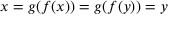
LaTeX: x = g ( f ( x ) ) = g ( f ( y ) ) = y